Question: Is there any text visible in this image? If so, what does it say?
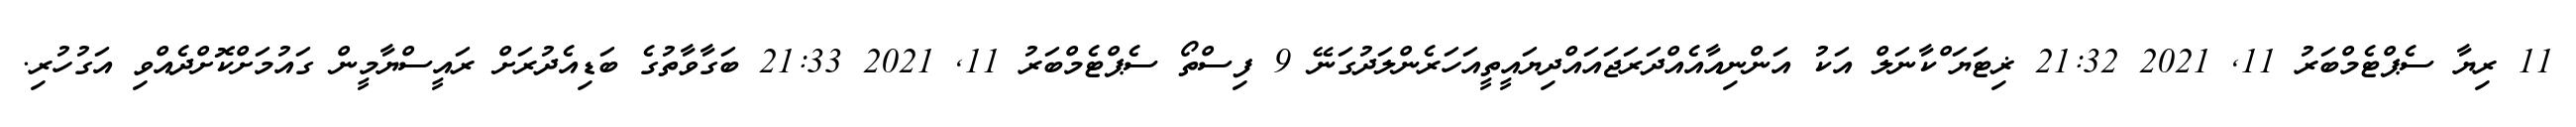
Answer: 11 ރިޔާ ސެޕްޓެމްބަރު 11, 2021 21:32 ޜިޓަޔަޱްކާނަލް އަކު އަންނިއާއެއްދަރަޖައައްދިޔައީތީއަހަރެންލަދުގަނޭ 9 ފިސްތޯ ސެޕްޓެމްބަރު 11, 2021 21:33 ބަގާވާތުގެ ބަޑިއެދުރަށް ރައީސްޔާމީން ގައުމަށްކޮށްދެއްވި އަގުހުރި.